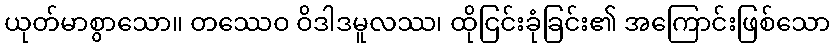
ယုတ်မာစွာသော။ တဿေဝ ဝိဒါဒမူလဿ၊ ထိုငြင်းခုံခြင်း၏ အကြောင်းဖြစ်သော